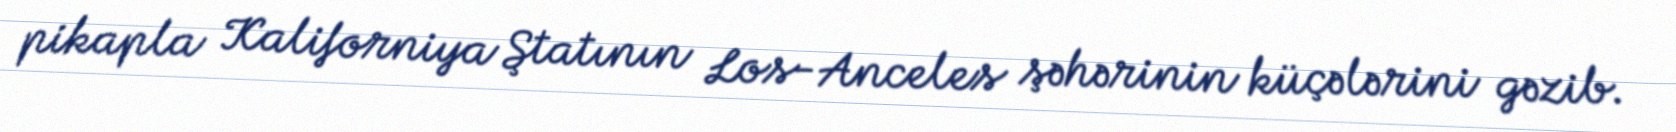
pikapla Kaliforniya Ştatının Los-Anceles şəhərinin küçələrini gəzib.